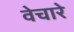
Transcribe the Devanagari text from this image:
वेचारे